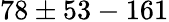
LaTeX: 78\pm 53-161